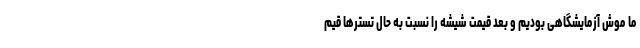
ما موش آزمایشگاهی بودیم و بعد قیمت شیشه را نسبت به حال تسترها قیم